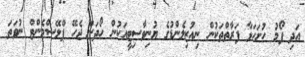
އަދި ފޯމު ހުށަހަޅާ ފަރާތްތަކުން ނިއުޒިލެންޑުގެ ޔުނިވާސިޓީއަކުން ހޯދަން ޖެހޭ ޕްލޭސްމެންޓް ނުވަތަ